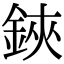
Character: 鋏